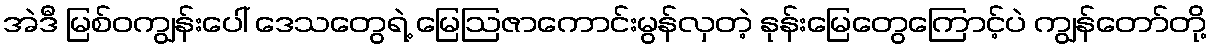
အဲဒီ မြစ်ဝကျွန်းပေါ် ဒေသတွေရဲ့ မြေဩဇာကောင်းမွန်လှတဲ့ နုန်းမြေတွေကြောင့်ပဲ ကျွန်တော်တို့